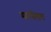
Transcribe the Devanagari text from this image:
मारसेलस